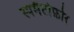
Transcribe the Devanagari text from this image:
स्पर्मैटोफ़ोर